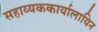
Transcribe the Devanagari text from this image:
सहाय्यककार्यालायिन